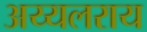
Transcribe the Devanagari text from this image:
अय्यलराय